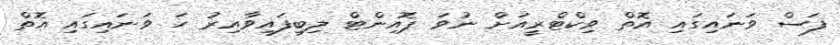
ފަސް ވަނައިގައި އޮތް ވިކްޓްރީއަށް ނުވަ ޕޮއިންޓް ލިބިފައިވާއިރު ހަ ވަނައިގައި އޮތް